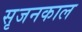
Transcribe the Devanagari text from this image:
सृजनकाल